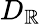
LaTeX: D_{\mathbb{R}}